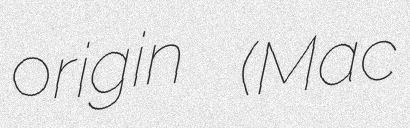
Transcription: origin (Mac